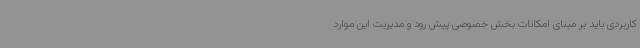
کاربردی باید بر مبنای امکانات بخش خصوصی پیش رود و مدیریت این موارد